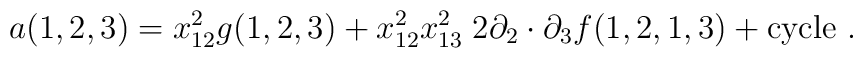
a(1,2,3) = x^2_{12}g(1,2,3)   + x^2_{12} x^2_{13}\; 2\partial_2\cdot\partial_3 f(1,2,1,3)   + \mbox{cycle}  \ .